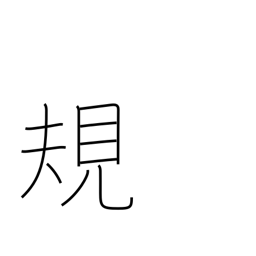
Meaning: standard